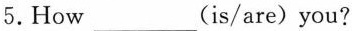
5.How___(is/are) you?